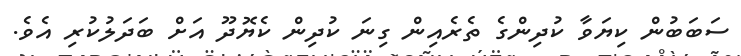
ސަބަބުން ކިޔަވާ ކުދިންގެ ތެރެއިން ގިނަ ކުދިން ކެޔޮދޫ އަށް ބަދަލުކުރި އެވެ.